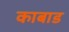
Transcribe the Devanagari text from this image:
काबाड